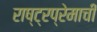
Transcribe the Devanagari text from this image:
राष्ट्रप्रेमाची